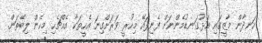
ހަނދާން މާޒީގައި އަޅުގަނޑުމެންނަށް ފެނިފައޭ މިހުރީ ވަރަށްގިނަ އެހީތަކާ އެއްޗެހި މިހެން ލިބޭތަން.